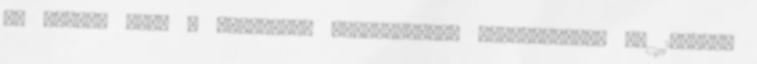
az érdem, hogy a budapesti Duna-szakasz szabályozása az 1870-es